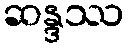
ဆန္ဒဿ